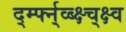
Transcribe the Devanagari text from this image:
र्द्म्फ्न्व्ब्क्ष्च्क्ष्व